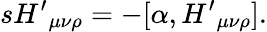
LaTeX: s{H^{\prime}}_{\mu\nu\rho}=-[\alpha,{H^{\prime}}_{\mu\nu\rho}].